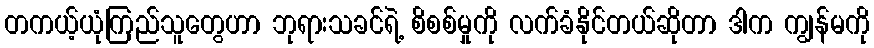
တကယ့်ယုံကြည်သူတွေဟာ ဘုရားသခင်ရဲ့ စိစစ်မှုကို လက်ခံနိုင်တယ်ဆိုတာ ဒါက ကျွန်မကို